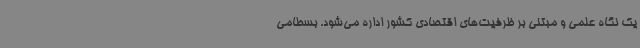
یک نگاه علمی و مبتنی بر ظرفیت‌های اقتصادی کشور اداره می‌شود. بسطامی